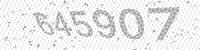
Solution: 645907